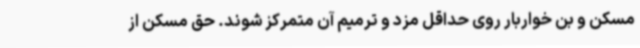
مسکن و بن خواربار روی حداقل مزد و ترمیم آن متمرکز شوند. حق مسکن از